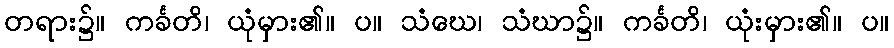
တရား၌။ ကင်္ခတိ၊ ယုံမှား၏။ ပ။ သံဃေ၊ သံဃာ၌။ ကင်္ခတိ၊ ယုံးမှား၏။ ပ။